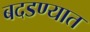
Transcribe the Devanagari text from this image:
बदडण्यात